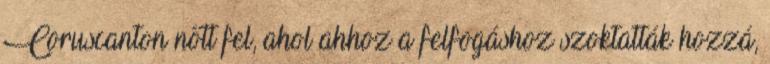
Coruscanton nőtt fel, ahol ahhoz a felfogáshoz szoktatták hozzá,